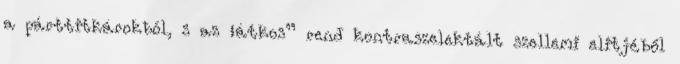
a párttitká­rokból, s az „átkos” rend kontraszelek­tált szel­lemi elitjéből